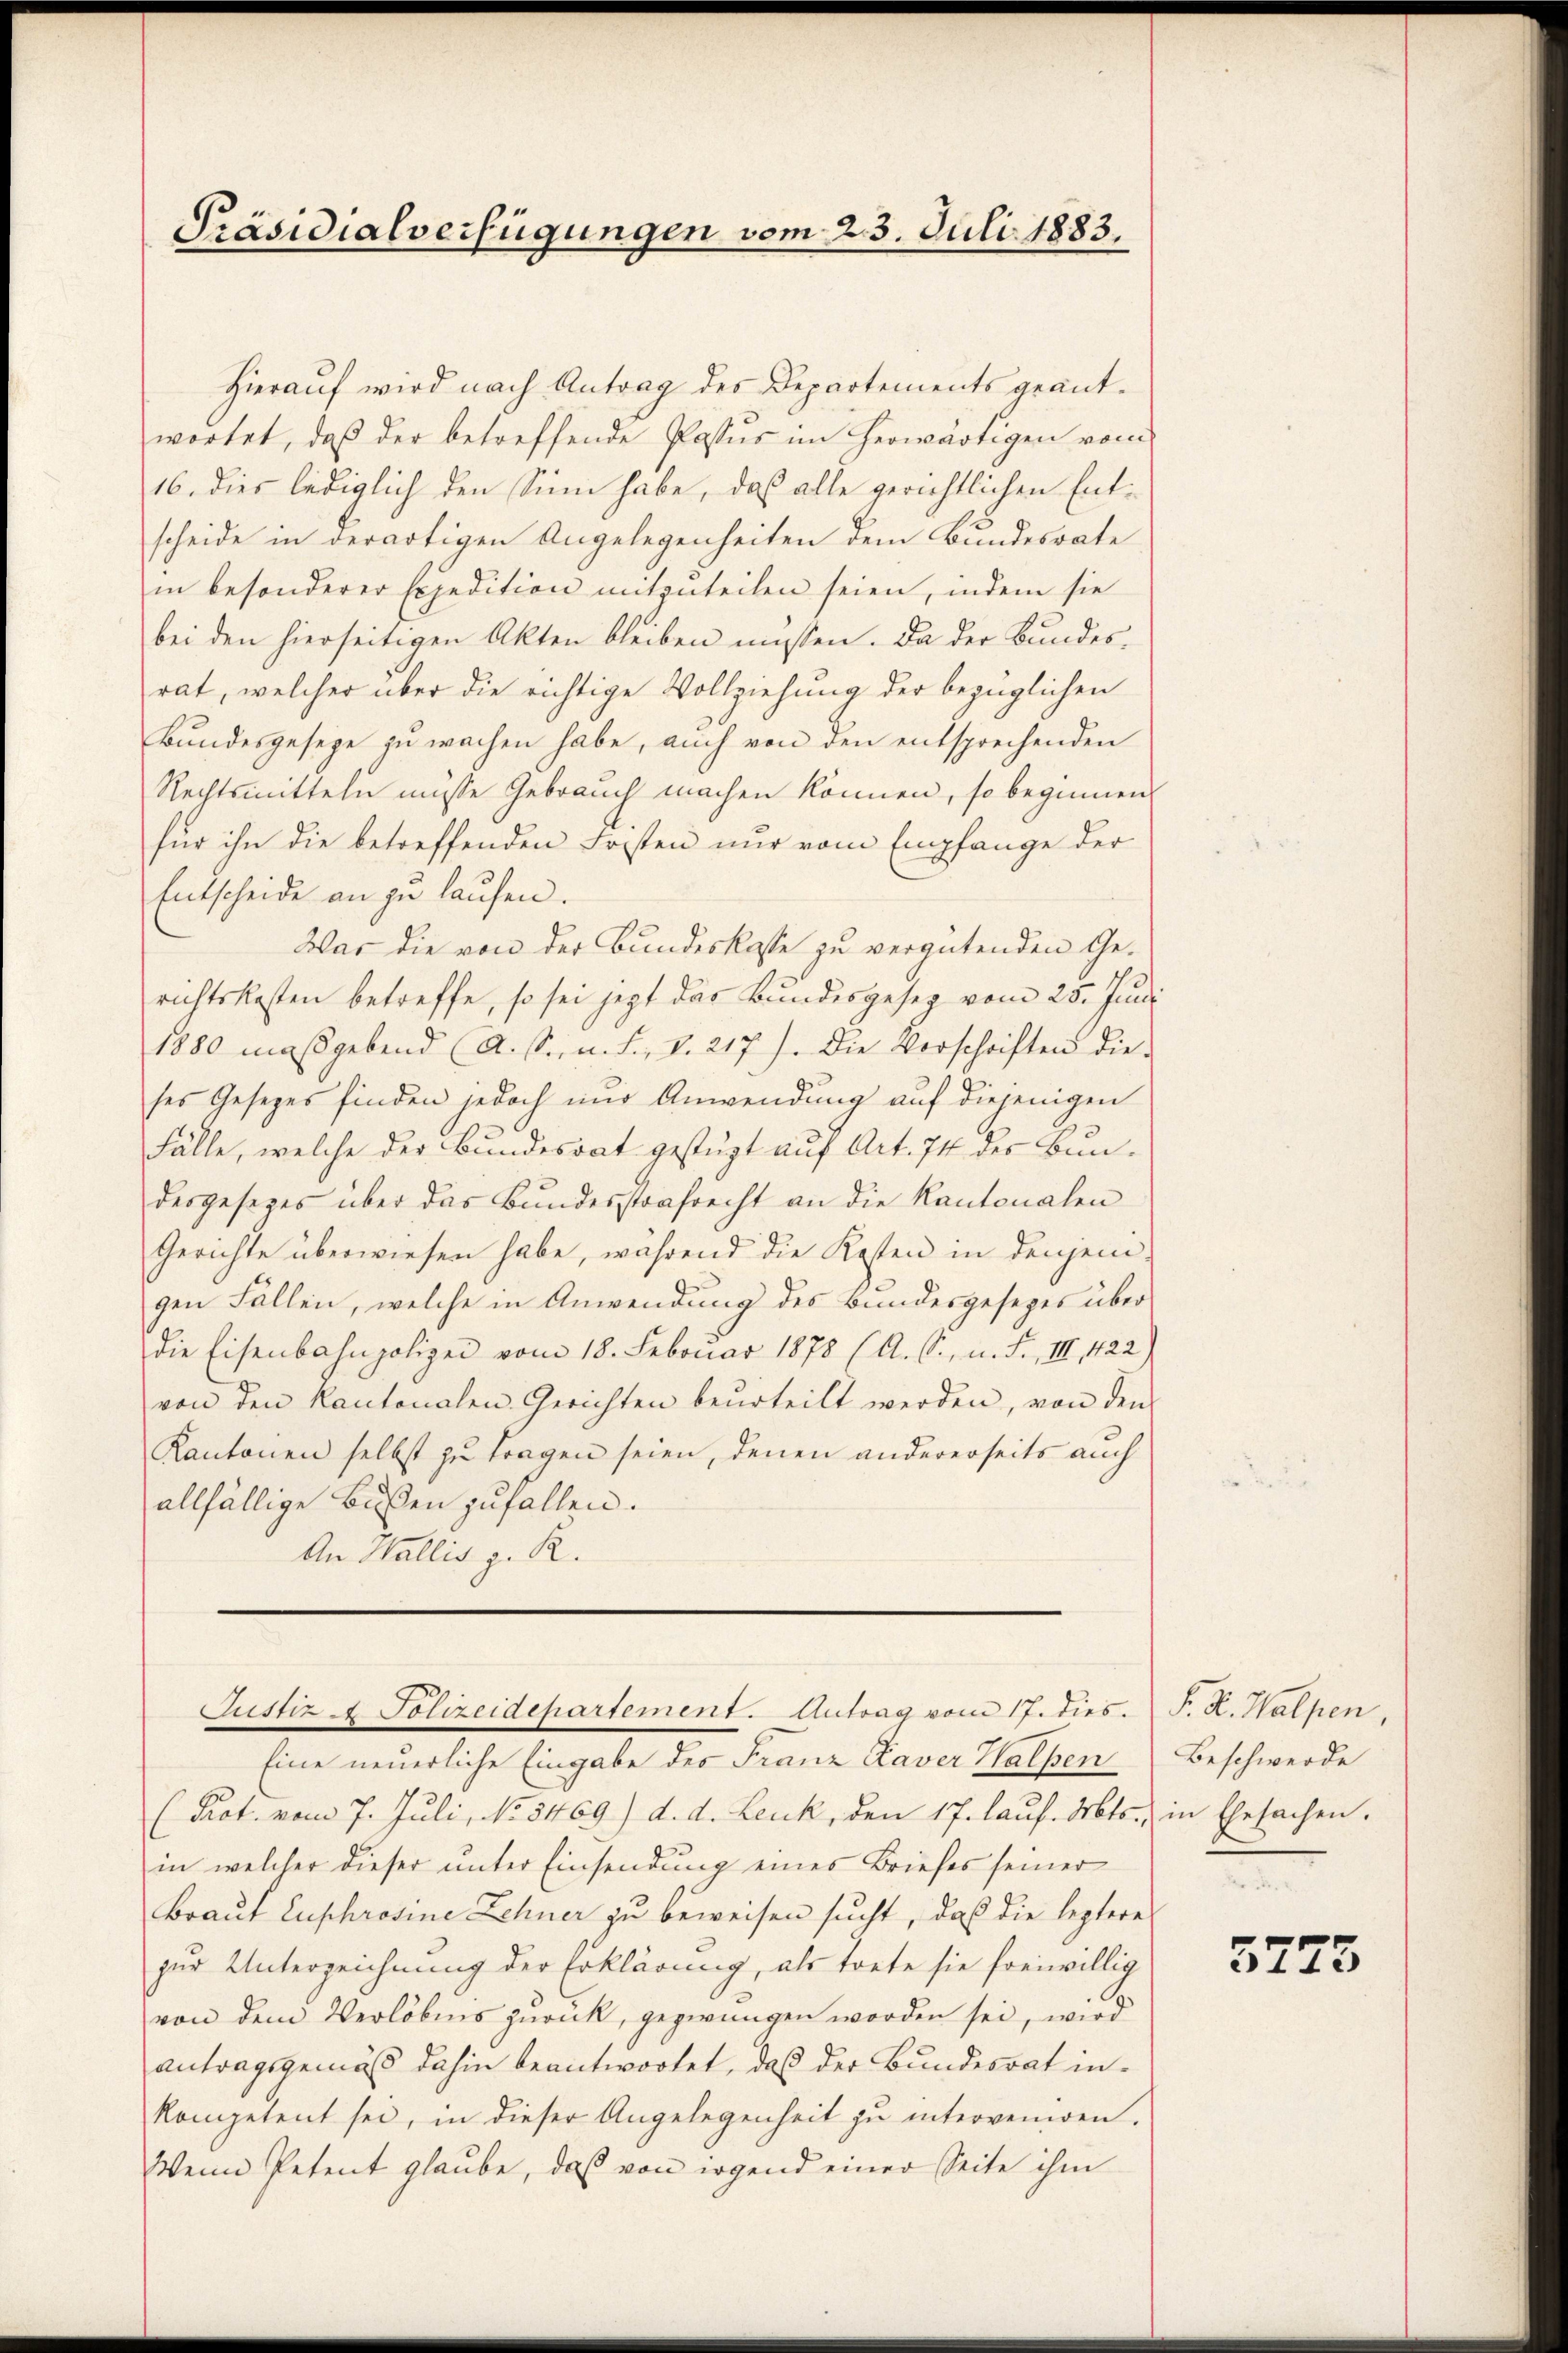
Präsidialverfügungen vom 23. Juli 1883.

Hierauf wird nach Antrag des Departements geantwortet, daß der betreffende Postus im herwärtigen vom
16. dies lediglich den Sinn habe, daß alle gerichtlichen Entscheide in derartigen Angelegenheiten dem Bundesrate
in besonderer Expedition mitzuteilen seien, indem sie
bei den hierseitigen Akten bleiben müssen. Da der Bundes-
rat, welcher über die richtige Vollziehung der bezüglichen
Bundesgeseze zu wachen habe, auch von den entsprechenden
Rechtsmitteln müsse Gebrauch machen können, so beginnen
für ihn die betreffenden Fristen nur vom Empfange der
Entscheide an zu laufen.
War die von der Bundeskasse zu vergütenden Gerichtskosten betreffe, so sei jetzt das Bundesgesetz vom 25. Juni
1880 maßgebend (A. S. n. F. v. 217). Die Verschriften die
ses Gesetzes finden jedoch nur Anwendung auf diejenigen
Fälle, welche der Bundesrat gestüzt auf Art. 74 des Bundesgesezes über das Bundesstrafrecht an die Kantonalen
Gerichte überwiesen habe, während die Kosten in denjenigen Fällen, welche in Anwendung des Bundesgesezes über
Die Eisenbahnpolizei vom 18. Februar 1878 (A. S., n. F. III, 1722)
von den Kantonalen Gerichten beurteilt werden, von den
Kantonen selbst zu tragen seien, denen andererseits auch
allfällige Bußen zufallen.
An Wallis z. R.
Justiz & Polizeidepartement. Antrag vom 17. dies.
Eine neuerliche Eingabe des Franz Kaver Halpen
(Prot. vom 7. Juli, No 3469) d. d. Leuk, den 17. laŭf. Mts., in Ehesachen.
in welcher dieser unter Einsendung eines Briefes seiner
Braut Euphrosine Zehner zu beweisen sucht, daß die leztere
zur Unterzeichnung der Erklärung, als trete sie freiwillig
von dem Verlöbnis zurück, gezwungen worden sei, wird
antragsgemäß dahin beantwortet, daß der Bundesrat inkompetent sei, in dieser Angelegenheit zu interveniren.
Wenn Petent glaube, daß von irgend einer Seite ihm

F. S. Halpen,
Beschwerde

5773